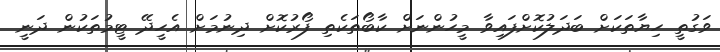
ވަގުތީ ހިޔާތަކަށް ބަދަލުކޮށްފައިވާ މީހުންނަށް ކާބޯތަކެތި ފޯރުކޮށް ދިނުމަށް އެހީދޭ ޓީމުތަކުން ދަނީ